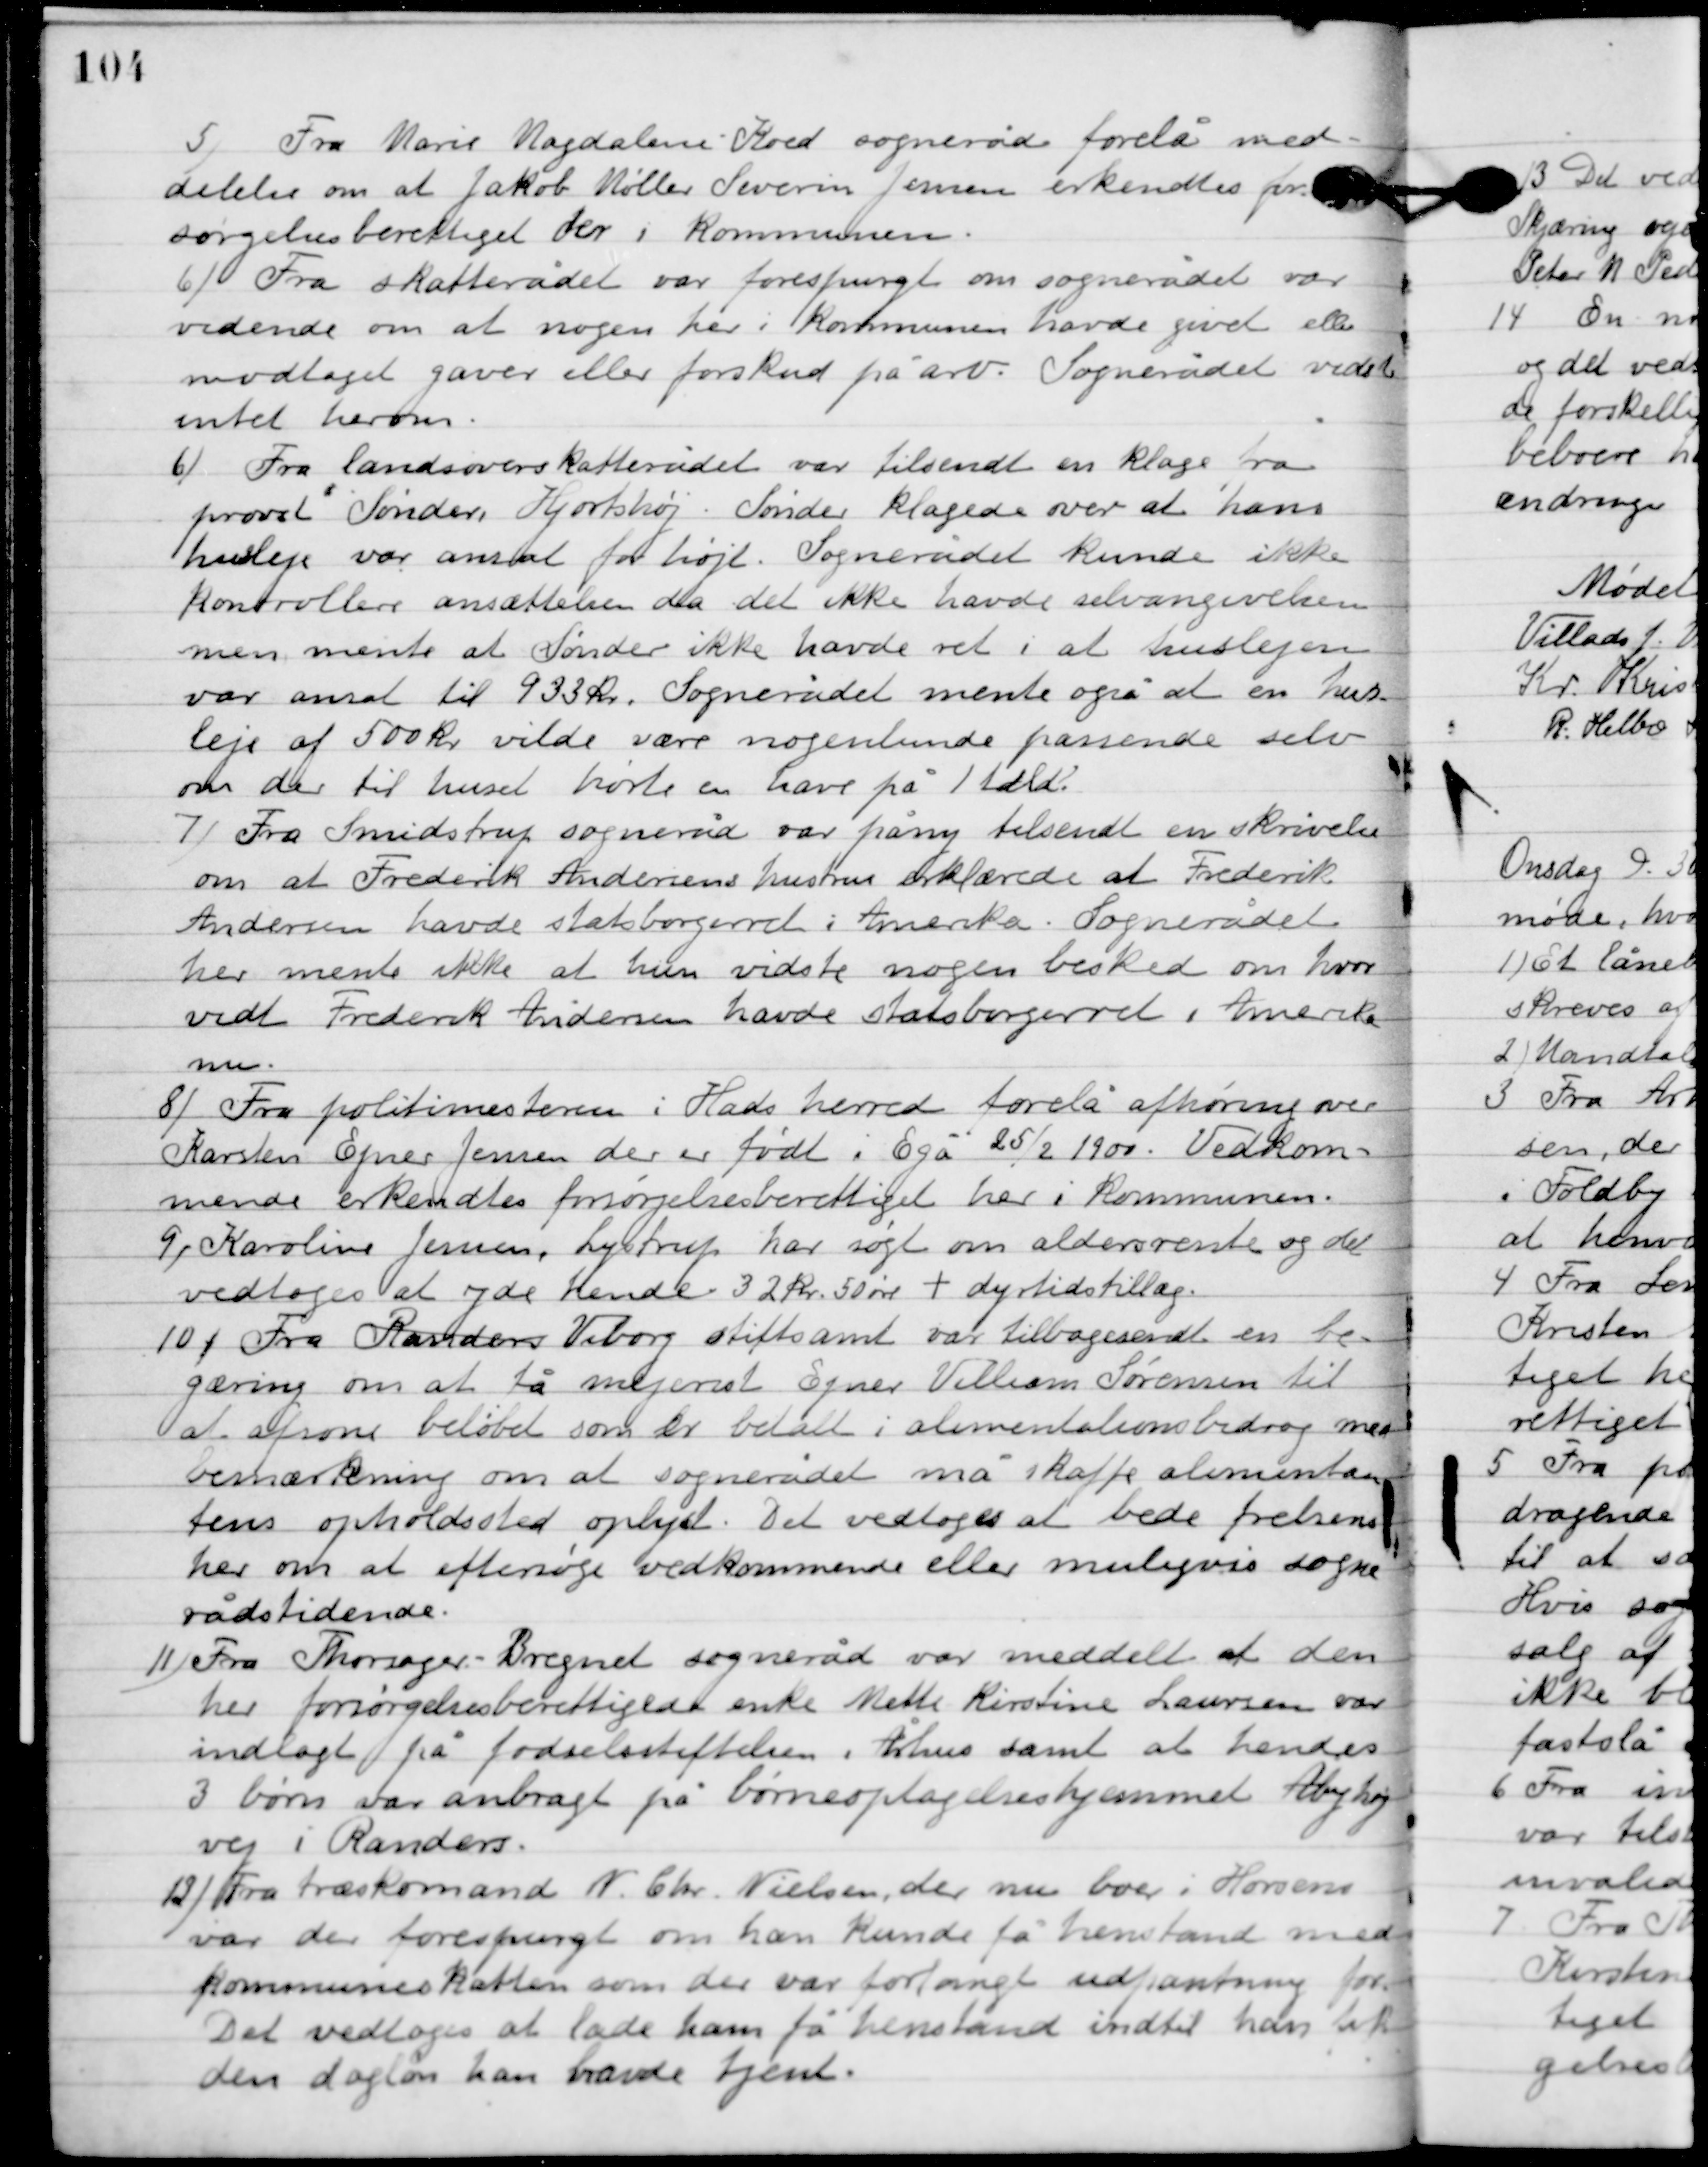
Transskription:
4

Fra Marie Magdalene Koed sogneråd forelå med-
delelse om at Jakob Møller Iversen Jensen erkendes for-
sørgelsesberettiget her i kommunen.

5

Fra skatterådet var forespurgt om sognerådet var
vidende om at nogen her i kommunen havde givet eller
modtaget gaver eller forskud på arv. Sognerådet vidste
intet herom.

6

Fra landsoverskatterådet var tilsendt en klage fra
provst Sønder, Hjortshøj. Sønder klagede over at hans
husleje var ansat for højt. Sognerådet kunde ikke
kontrollere ansættelsen da det ikke havde selvangivelsen,
men mente at Sønder ikke havde ret i at huslejen
 var ansat til 933 kr. Sognerådet mente også at en hu-
sleje af 500 vilde være nogenlunde passende selv
om der til huset hørte en have på 1 tdr.

7

Fra Smidstrup sogneråd var på ny tilsendt en skrivelse
om at Frederik Andersens hustru erklærede at Frederik
Andersen havde statsborgerret i Amerika. Sognerådet
her mente ikke at hun vidste nogen besked om hvor vidt
Frederik Andersen havde statsborgerret i Amerika
nu.

8

Fra politimesteren i Hads herred forelå afhøring over
Karsten Ejnar Jensen der er født i Egå 25/2 1900. Vedkom-
mende erkendtes forsørgelsesberettiget her i kommunen.

9

Karoline Jensen, Lystrup har søgt om aldersrente og det
 vedtoges at yde hende 32 kr. 50 øre + dyrtidstillæg.

10

Fra Randers Viborg stiftsamt var tilbagesendt en be-
gæring om at få mejerist Ejer Villiam Sørensen til
at afsone beløbet som er betalt i alimentationsbidrag med
bemærkning om at sognerådet må skaffe alimentan-
tens opholdssted oplyst. Det vedtoges at bede frelsens
hær om at eftersøge vedkommende eller muligvis sogne-
rådstidende.

11

Fra Thorsager-Bregnet sogneråd var meddelt at den
her forsørgelsesberettigede enke Mette Kirstine Laursen var
indlagt på fødselsstiftelsen i Århus samt at hendes
3 børn var anbragt på børneoptagelses hjemmet Åbyhøj-
vej i Randers.

12

Fra træskomand N. Chr. Nielsen der nu boer i Horsens
var der forespurgt om han kunde få henstand med
kommuneskatten som der var forlangt udpantning for.
Det vedtoges at lage ham få henstand indtil han fik
den dagløn han havde tjent.